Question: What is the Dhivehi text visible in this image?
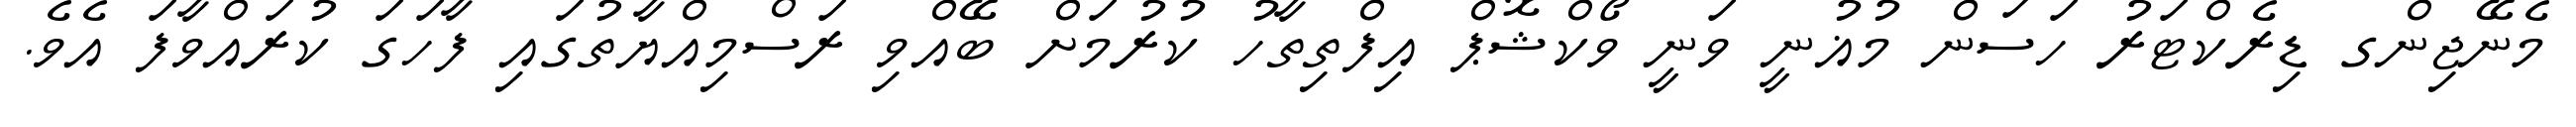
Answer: މެނޭޖިންގ ޑިރެކްޓަރު ހަސަން މުޣުނީ ވަނީ ވޯކްޝޮޕް އިފްތިތާހު ކުރުމަށް ބޭއްވި ރަސްމިއްޔާތުގައި ފާހަގަ ކުރައްވާފަ އެވެ.